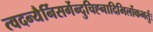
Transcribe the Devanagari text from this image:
त्वदन्यैर्निसर्गेन्दुचिह्नादिभिर्लोकभर्तुः